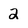
Character: 2